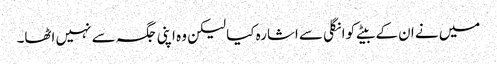
میں نے ان کے بیٹے کو انگلی سے اشارہ کیا لیکن وہ اپنی جگہ سے نہیں اٹھا۔